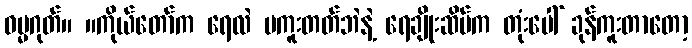
ဓမ္မဂုတ်။ ။ကိုယ်တော်က ရေလဲ မကူးတတ်ဘဲနဲ့ ရေချိုးဆိပ်က တုံးပေါ် ခုန်ကူးတာတော့